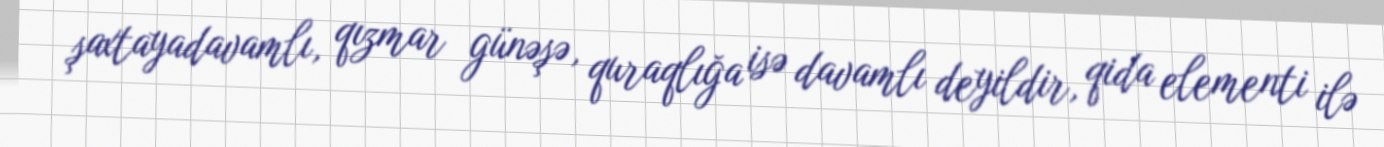
şaxtayadavamlı, qızmar günəşə, quraqlığa isə davamlı deyildir, qida elementi ilə